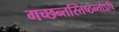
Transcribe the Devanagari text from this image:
गच्छन्तस्तिष्ठन्तोऽपि